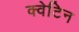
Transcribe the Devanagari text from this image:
क्वेटिन